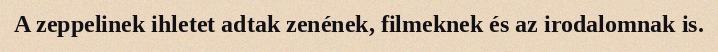
A zeppelinek ihletet adtak zenének, filmeknek és az irodalomnak is.